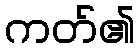
ကတ်၏